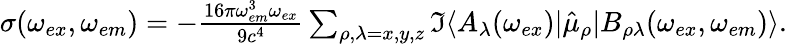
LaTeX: \begin{array}{r}{\sigma(\omega_{ex},\omega_{em})=-\frac{16\pi\omega_{em}^{3}\omega_{ex}}{9c^{4}}\sum_{\rho,\lambda=x,y,z}\Im\langle A_{\lambda}(\omega_{ex})|\hat{\mu}_{\rho}|B_{\rho\lambda}(\omega_{ex},\omega_{em})\rangle.}\end{array}